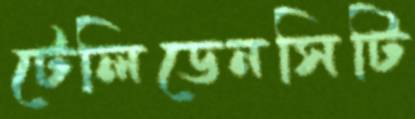
টেলিডেনসিটি